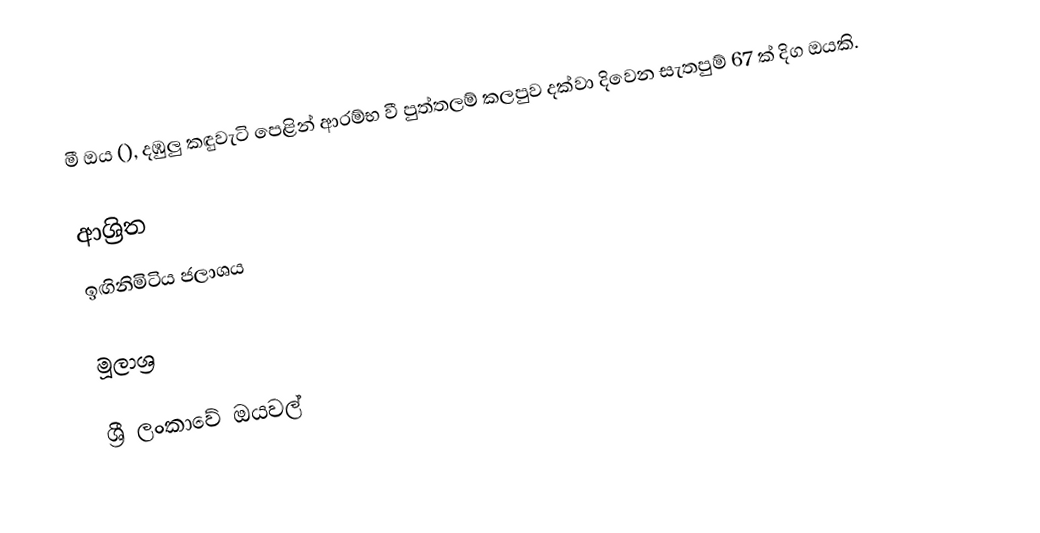
මී ඔය (), දඹුලු කඳුවැටි පෙළින් ආරම්භ වී පුත්තලම් කලපුව දක්වා දිවෙන සැතපුම් 67 ක් දිග ඔයකි.

ආශ්‍රිත
 ඉඟිනිමිටිය ජලාශය

මූලාශ්‍ර

ශ්‍රී ලංකාවේ ඔයවල්